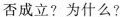
否成立?为什么?